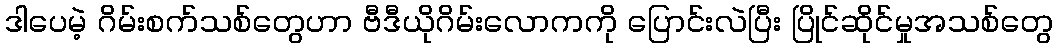
ဒါပေမဲ့ ဂိမ်းစက်သစ်တွေဟာ ဗီဒီယိုဂိမ်းလောကကို ပြောင်းလဲပြီး ပြိုင်ဆိုင်မှုအသစ်တွေ